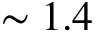
\sim 1 . 4